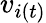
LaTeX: v_{i(t)}